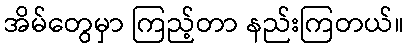
အိမ်တွေမှာ ကြည့်တာ နည်းကြတယ်။